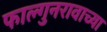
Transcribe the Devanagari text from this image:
फाल्गुनरावाच्या